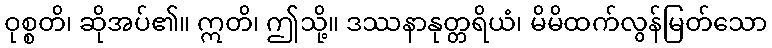
ဝုစ္စတိ၊ ဆိုအပ်၏။ ဣတိ၊ ဤသို့။ ဒဿနာနုတ္တရိယံ၊ မိမိထက်လွန်မြတ်သော